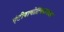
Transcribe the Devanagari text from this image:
एंटीबायोटिकउपचार